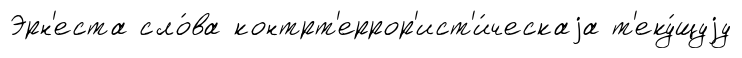
Эрн'еста сло́ва контрт'еррор'ист'и́ческаjа т'еку́щуjу